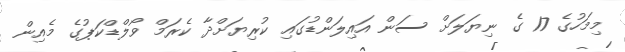
މިމަހުގެ 17 ގެ ނިޔަލަށް ސަން އައިލަންޑުގައި ކުރިޔަށްދާ ކެރަމް ވޯލްޑްކަޕުގެ މެއިން